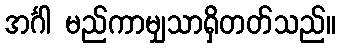
အင်္ဂါ မည်ကာမျှသာရှိတတ်သည်။